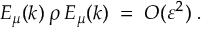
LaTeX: E _ { \mu } ( k ) \: \rho \: E _ { \mu } ( k ) \; = \; { \cal { O } } ( \varepsilon ^ { 2 } ) \; .